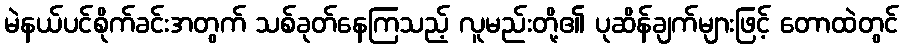
မဲနယ်ပင်စိုက်ခင်းအတွက် သစ်ခုတ်နေကြသည့် လူမည်းတို့၏ ပုဆိန်ချက်များဖြင့် တောထဲတွင်